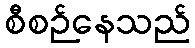
စီစဉ်နေသည်